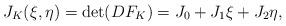
LaTeX: \begin{align*}J_K(\xi,\eta) = \det (DF_K) = J_0 + J_1\xi + J_2\eta,\end{align*}